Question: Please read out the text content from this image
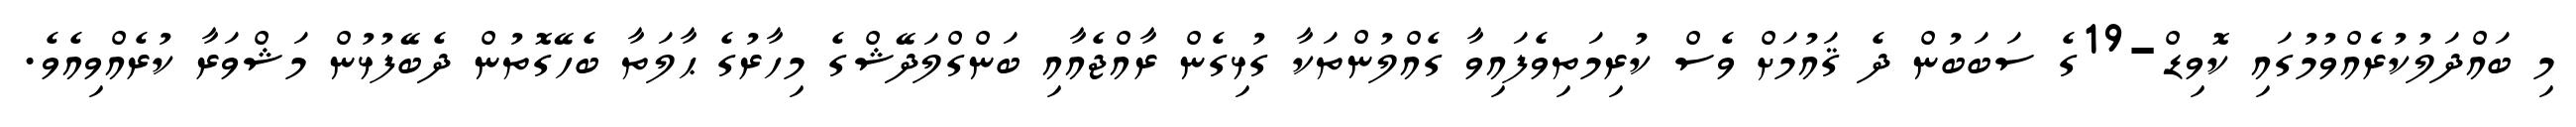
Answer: މި ބައްދަލުކުރެއްވުމުގައި ކޮވިޑް-19ގެ ސަބަބުން ދެ ޤައުމަށް ވެސް ކުރިމަތިވެފައިވާ ގެއްލުންތަކާ ގުޅިގެން ރާއްޖެއާއި ބަންގްލަދޭޝްގެ މިހާރުގެ ޙާލަތާ ބެހޭގޮތުން ދެބޭފުޅުން މަޝްވަރާ ކުރެއްވިއެވެ.